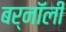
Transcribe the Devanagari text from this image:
बर्नॉली